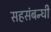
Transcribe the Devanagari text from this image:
सहसंबन्धी